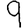
Digit: 9